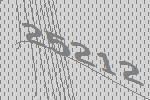
25212